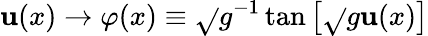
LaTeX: \mathbf{u}(x)\rightarrow\varphi(x)\equiv\sqrt{}{{g}}^{-1}\tan\left[\sqrt{}{{g}}\mathbf{u}(x)\right]